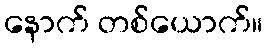
နောက် တစ်ယောက်။